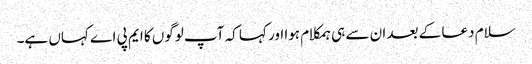
سلام دعا کے بعد ان سے ہی ہمکلام ہوا اور کہا کہ آپ لوگوں کا ایم پی اے کہاں ہے۔